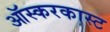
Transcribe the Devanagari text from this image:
ऑस्करकास्ट